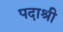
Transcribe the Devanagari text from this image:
पदाश्री